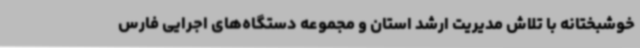
خوشبختانه با تلاش مدیریت ارشد استان و مجموعه دستگاه‌های اجرایی فارس